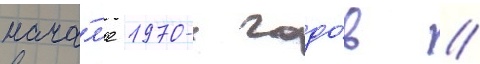
нача́л'е 1970-х годо́в //